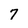
Character: 7